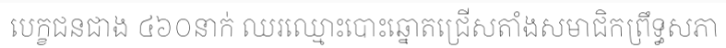
បេក្ខជនជាង ៤៦០នាក់ ឈរឈ្មោះបោះឆ្នោតជ្រើសតាំងសមាជិកព្រឹទ្ធសភា